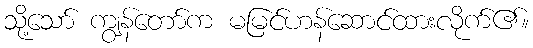
သို့သော် ကျွန်တော်က မမြင်ဟန်ဆောင်ထားလိုက်၏။